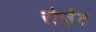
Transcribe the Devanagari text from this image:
रोजे़ट